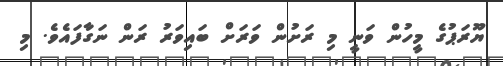
ޔޫރަޕުގެ މީހުން ވަނީ މި ރަށުން ވަރަށް ބައިވަރު ރަން ނަގާފައެވެ. މި